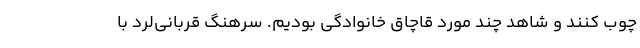
چوب کنند و شاهد چند مورد قاچاق خانوادگی بودیم. سرهنگ قربانی‌لرد با